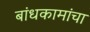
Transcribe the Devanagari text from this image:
बांधकामांचा